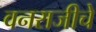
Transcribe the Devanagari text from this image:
वनराजीचे